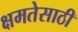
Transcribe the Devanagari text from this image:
क्षमतेसाठी